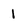
Character: 1